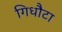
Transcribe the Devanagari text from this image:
गिधौटा